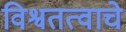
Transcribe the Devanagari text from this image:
विश्वतत्वाचे